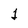
Character: 1